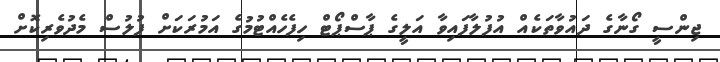
ޖިންސީ ގޯނާގެ ދައުވާތަކެއް އުފުލާފައިވާ އަލީގެ ޕާސްޕޯޓް ހިފެހެއްޓުމުގެ އަމުރަކަށް ފުލުސް މެދުވެރިކޮށް